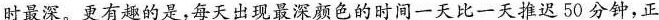
时最深。更有趣的是，每天出现最深颜色的时间一天比一天推迟50分钟，正